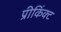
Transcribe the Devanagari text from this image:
प्रीकिंक्ट